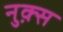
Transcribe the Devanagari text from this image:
नुक़्स